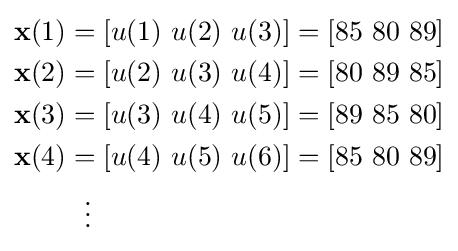
{\begin{aligned}\mathbf {x} (1)&=[u(1)\ u(2)\ u(3)]=[85\ 80\ 89]\\\mathbf {x} (2)&=[u(2)\ u(3)\ u(4)]=[80\ 89\ 85]\\\mathbf {x} (3)&=[u(3)\ u(4)\ u(5)]=[89\ 85\ 80]\\\mathbf {x} (4)&=[u(4)\ u(5)\ u(6)]=[85\ 80\ 89]\\&\ \ \vdots \end{aligned}}